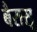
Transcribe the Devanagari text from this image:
बैरासू